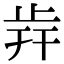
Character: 𣥎